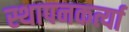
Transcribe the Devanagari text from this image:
स्थापनकर्त्या